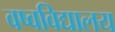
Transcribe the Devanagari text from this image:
वष्वविद्यालय